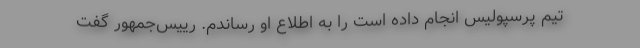
تیم پرسپولیس انجام داده است را به اطلاع او رساندم. رییس‌جمهور گفت